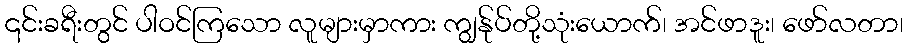
၎င်းခရီးတွင် ပါဝင်ကြသော လူများမှာကား ကျွန်ုပ်တို့သုံးယောက်၊ အင်ဖာဒူး၊ ဖော်လတာ၊